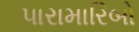
પારામારિબો